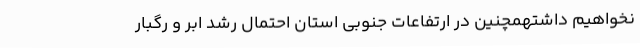
نخواهیم داشتهمچنین در ارتفاعات جنوبی استان احتمال رشد ابر و رگبار